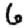
Digit: 6